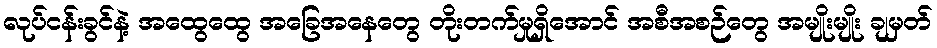
လုပ်ငန်းခွင်နဲ့ အထွေထွေ အခြေအနေတွေ တိုးတက်မှုရှိအောင် အစီအစဉ်တွေ အမျိုးမျိုး ချမှတ်